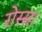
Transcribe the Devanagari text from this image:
रोस्स।